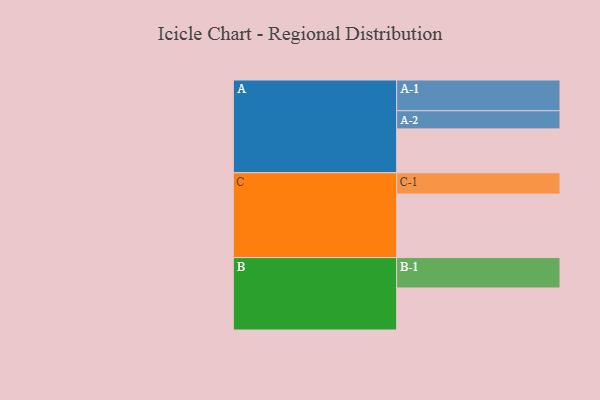
{"axis": {"x": "Segment", "y": "Value"}, "legend": ["", "A", "B", "C"], "data": [{"x": "A", "y": 377, "type": ""}, {"x": "B", "y": 361, "type": ""}, {"x": "C", "y": 546, "type": ""}, {"x": "A-1", "y": 264, "type": "A"}, {"x": "A-2", "y": 156, "type": "A"}, {"x": "B-1", "y": 261, "type": "B"}, {"x": "C-1", "y": 183, "type": "C"}]}